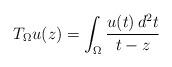
LaTeX: \begin{align*}T_\Omega u(z)=\int_\Omega \frac{u(t)\,d^2t}{t-z}\end{align*}